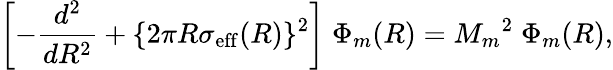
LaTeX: \left[-\frac{d^{2}}{dR^{2}}+\{ 2\pi R\sigma_{\mathrm{eff}}(R)\} ^{2}\right]\; \Phi_{m}(R)={M_{m}}^{2}\; \Phi_{m}(R),